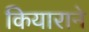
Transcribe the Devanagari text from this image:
कियाराने